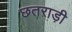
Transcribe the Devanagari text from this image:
छतराड़ी